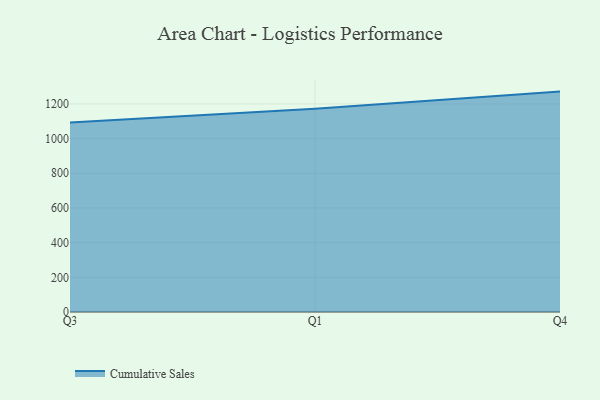
{"axis": {"x": "Quarter", "y": "Net Income (USD K)"}, "legend": ["Cumulative Sales"], "data": [{"x": "Q3", "y": 1093.1, "type": "Cumulative Sales"}, {"x": "Q1", "y": 1172.9, "type": "Cumulative Sales"}, {"x": "Q4", "y": 1271.1, "type": "Cumulative Sales"}]}